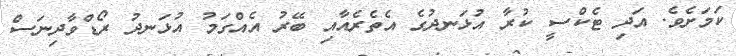
ކަމަށެވެ. އަދި ޓެކްސީ ކުރާ އުޅަނދުގެ އެތެރެއާއި ބޭރު އެއްގަމު އުޅަނދު ރޯޑްވާދިނަސް